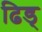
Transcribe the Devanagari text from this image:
ढिड्